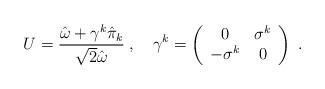
LaTeX: \begin{align*}U={\hat{\omega}+\gamma^k\hat{\pi}_k\over\sqrt2\hat{\omega}}\;,\quad\gamma^k=\left(\begin{array}{cc}0&\sigma^k\\-\sigma^k&0\end{array}\right)\;.\end{align*}